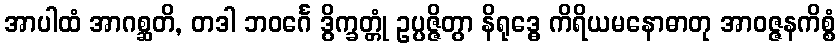
အာပါထံ အာဂစ္ဆတိ, တဒါ ဘဝင်္ဂေ ဒွိက္ခတ္တုံ ဥပ္ပဇ္ဇိတွာ နိရုဒ္ဓေ ကိရိယမနောဓာတု အာဝဇ္ဇနကိစ္စံ